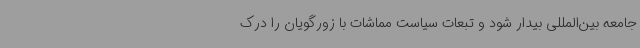
جامعه بین‌المللی بیدار شود و تبعات سیاست مماشات با زورگویان را درک